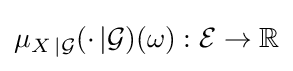
\mu _{X\,|{\mathcal {G}}}(\cdot \,|{\mathcal {G}})(\omega ):{\mathcal {E}}\to \mathbb {R}